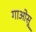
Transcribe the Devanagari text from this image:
गाओसू